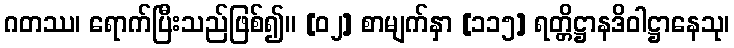
ဂတဿ၊ ရောက်ပြီးသည်ဖြစ်၍။ [၀၂] စာမျက်နှာ [၁၁၅] ရတ္တိဋ္ဌာနဒိဝါဋ္ဌာနေသု၊